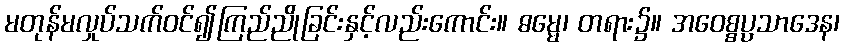
မတုန်မလှုပ်သက်ဝင်၍ကြည်ညိုခြင်းနှင့်လည်းကောင်း။ ဓမ္မေ၊ တရား၌။ အဝေစ္စပ္ပသာဒေန၊